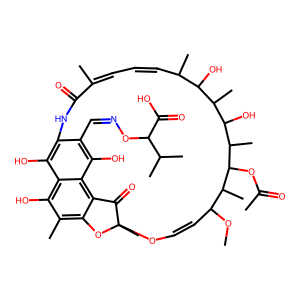
SMILES: COC1C=COC2(C)Oc3c(C)c(O)c4c(O)c(c(C=NOC(C(=O)O)C(C)C)c(O)c4c3C2=O)NC(=O)C(C)=CC=CC(C)C(O)C(C)C(O)C(C)C(OC(C)=O)C1C
Inhibits HIV replication: No